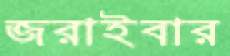
জরাইবার